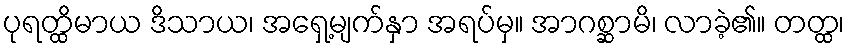
ပုရတ္ထိမာယ ဒိသာယ၊ အရှေ့မျက်နှာ အရပ်မှ။ အာဂစ္ဆာမိ၊ လာခဲ့၏။ တတ္ထ၊